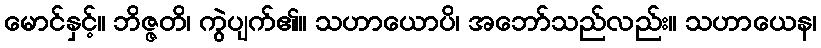
မောင်နှင့်။ ဘိဇ္ဇတိ၊ ကွဲပျက်၏။ သဟာယောပိ၊ အဘော်သည်လည်း။ သဟာယေန၊